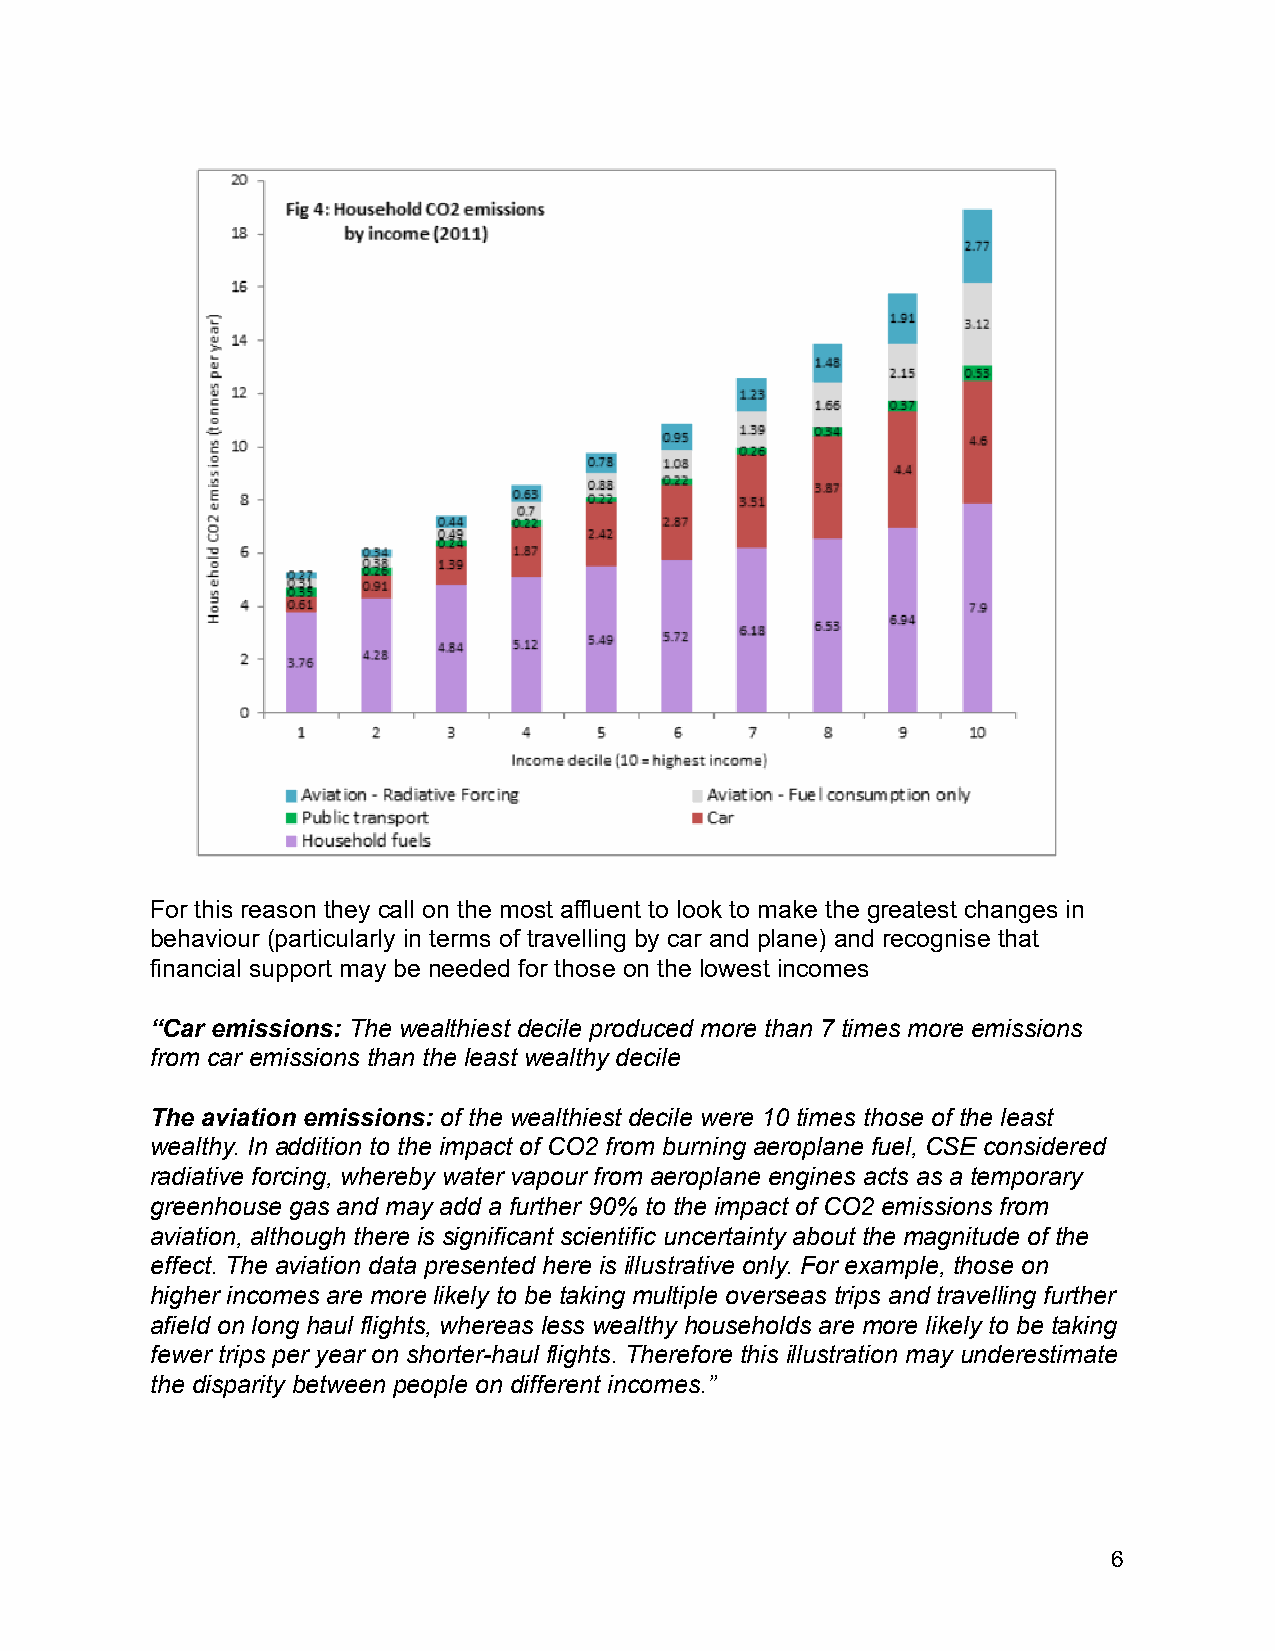
For this reason they call on the most affluent to look to make the greatest changes in
 behaviour (particularly in terms of travelling by car and plane) and recognise that
 financial support may be needed for those on the lowest incomes
 “Car emissions: The wealthiest decile produced more than 7 times more emissions
 from car emissions than the least wealthy decile
 The aviation emissions: of the wealthiest decile were 10 times those of the least
 wealthy. In addition to the impact of CO2 from burning aeroplane fuel, CSE considered
 radiative forcing, whereby water vapour from aeroplane engines acts as a temporary
 greenhouse gas and may add a further 90% to the impact of CO2 emissions from
 aviation, although there is significant scientific uncertainty about the magnitude of the
 effect. The aviation data presented here is illustrative only. For example, those on
 higher incomes are more likely to be taking multiple overseas trips and travelling further
 afield on long haul flights, whereas less wealthy households are more likely to be taking
 fewer trips per year on shorter-haul flights. Therefore this illustration may underestimate
 the disparity between people on different incomes.”
 6